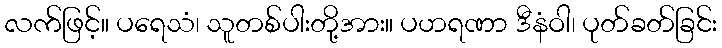
လက်ဖြင့်။ ပရေသံ၊ သူတစ်ပါးတို့အား။ ပဟရဏာ ဒီနံဝါ၊ ပုတ်ခတ်ခြင်း